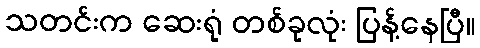
သတင်းက ဆေးရုံ တစ်ခုလုံး ပြန့်နေပြီ။